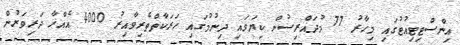
އިންސްޓިޓިއުޓުގައި މިހާރު 77 މުދައްރިސުން ކިޔަވައި ދިނުމުގައި ހަރަކާތްތެރިވާއިރު 4000 އެއްހާ ދަރިވަރުން